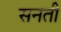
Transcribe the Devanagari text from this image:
सनती